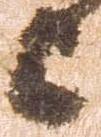
上